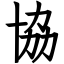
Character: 協